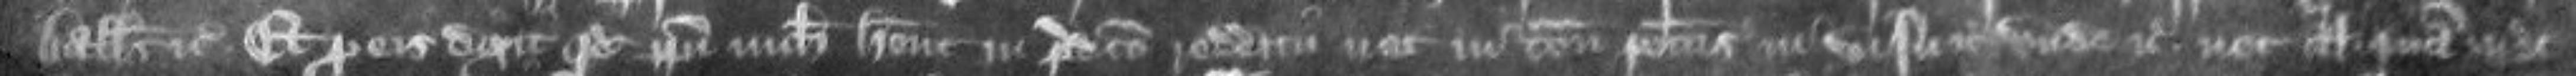
ballivus etc Et pro eis dixit quod ipsi nichil habent in predicto redditu nec in tenementis predictis in visu etc unde etc nec aliquam inde